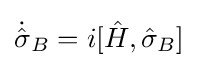
{\textstyle {\dot {\hat {\sigma }}}_{B}=i[{\hat {H}},{\hat {\sigma }}_{B}]}